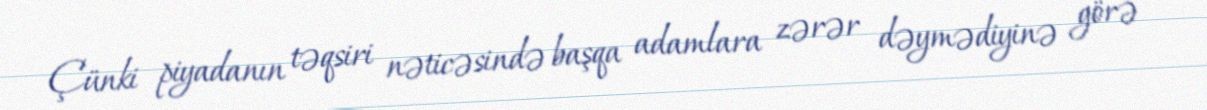
Çünki piyadanın təqsiri nəticəsində başqa adamlara zərər dəymədiyinə görə